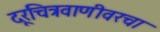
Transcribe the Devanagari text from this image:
दूरचित्रवाणीवरचा